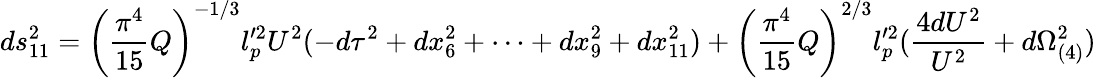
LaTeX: ds_{11}^{2}=\left(\frac{\pi^{4}}{15}Q\right)^{-1/3}l_{p}^{\prime 2}U^{2}(-d\tau^{2}+dx_{6}^{2}+\cdots+dx_{9}^{2}+dx_{11}^{2})+\left(\frac{\pi^{4}}{15}Q\right)^{2/3}l_{p}^{\prime 2}(\frac{4dU^{2}}{U^{2}}+d\Omega_{(4)}^{2})